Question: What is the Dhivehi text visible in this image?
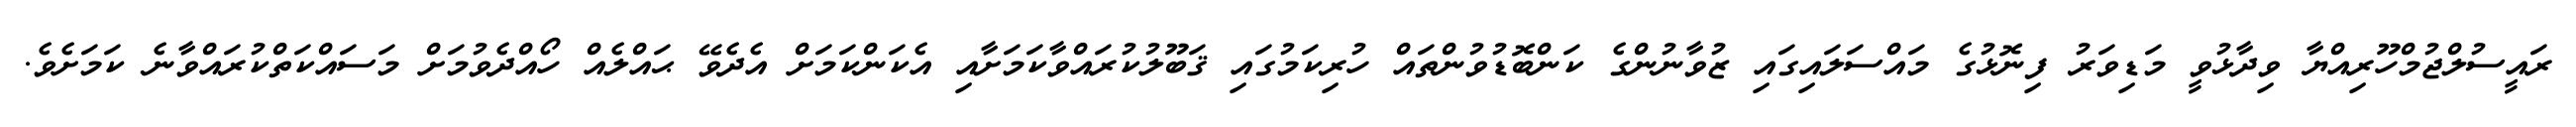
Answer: ރައީސުލްޖުމްހޫރިއްޔާ ވިދާޅުވީ މަޑިވަރު ފިނޮޅުގެ މައްސަލައިގައި ޒުވާނުންގެ ކަންބޮޑުވުންތައް ހުރިކަމުގައި ޤަބޫލުކުރައްވާކަމަށާއި އެކަންކަމަށް އެދެވޭ ޙައްލެއް ހޯއްދެވުމަށް މަސައްކަތްކުރައްވާނެ ކަމަށެވެ.